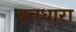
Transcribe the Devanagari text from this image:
शतधारा